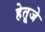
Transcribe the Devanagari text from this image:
हेतूजे